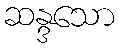
ဆန္ဒသော